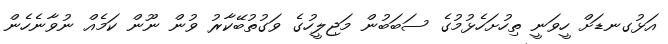
އަޅުގނޑަށް ހީވަނީ ތިހުށަހެޅުމުގެ ސަބަބުން މަޖިލީހުގެ ވަގުތުބޭކާރު ވުން ނޫން ކަމެެއް ނުވާނެހެން